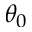
\theta _ { 0 }